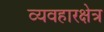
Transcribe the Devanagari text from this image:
व्यवहारक्षेत्र